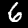
Label: 6